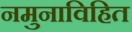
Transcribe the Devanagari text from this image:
नमुनाविहित